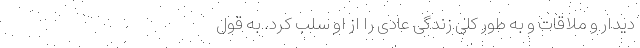
دیدار و ملاقات و به‌ طور کلی زندگی عادی را از او سلب کرد. به قول